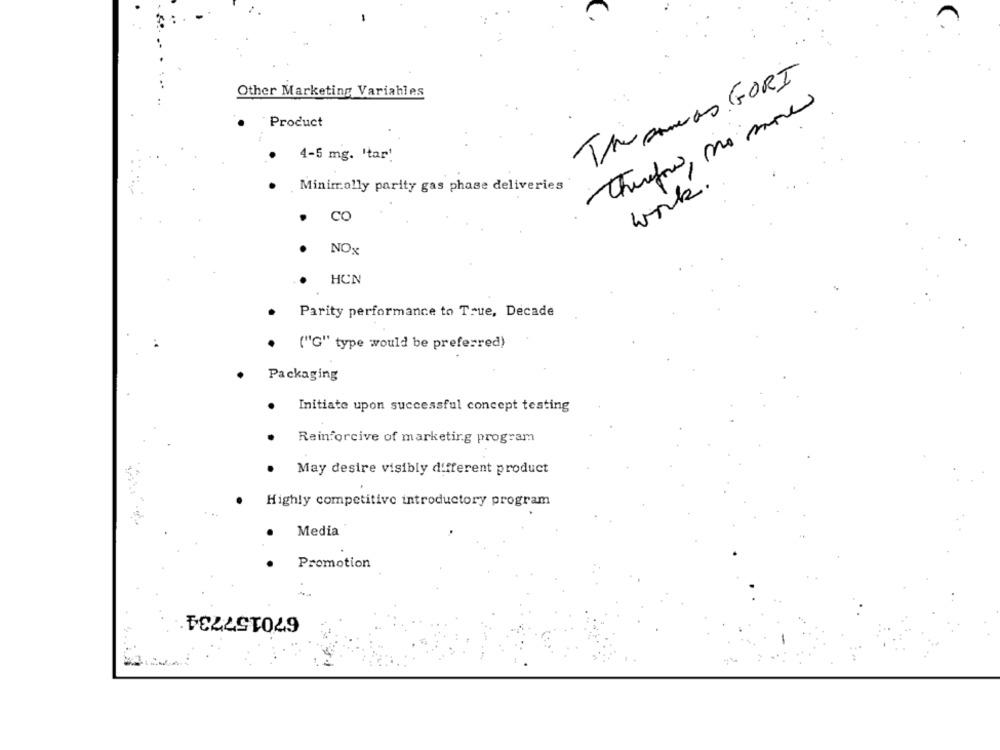
The sameas GORI
Other Marketing Variables
Therefor, no more
Product
. 4-5 mg. 'tar!
. Minimally parity gas phase deliveries
work.
co
.
NOx
HCN
Parity performance to True, Decade
("G" type would be preferred)
Packaging
Initiate upon successful concept testing
Reinforcive of marketing program
May desire visibly different product
Highly competitive introductory program
Media
Promotion
670157734